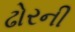
ઢોરની